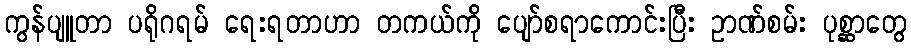
ကွန်ပျူတာ ပရိုဂရမ် ရေးရတာဟာ တကယ်ကို ပျော်စရာကောင်းပြီး ဥာဏ်စမ်း ပုစ္ဆာတွေ